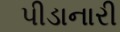
પીડાનારી